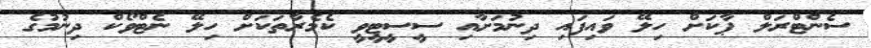
ސެންޓްރަލް ޕާކަށް ހިލޭ ވައިފައި ދިނުމަށާއި ސީސީޓީވީ ކެމެރާތަކަށް ހިލޭ ނެޓްވޯކް ދިނުމުގެ